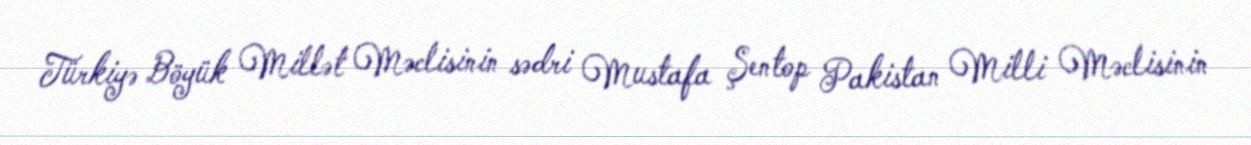
Türkiyə Böyük Millət Məclisinin sədri Mustafa Şentop Pakistan Milli Məclisinin